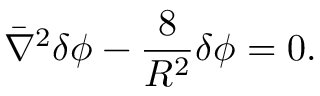
\bar { \nabla } ^ { 2 } \delta \phi - { \frac { 8 } { R ^ { 2 } } } \delta \phi = 0 .